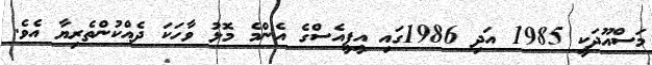
މަސްއޫދަކީ 1985 އަދި 1986ގައި އީޕީއެސްގެ އެންމެ މޮޅު ވާހަކަ ދެއްކުންތެރިޔާ އެވެ.